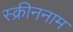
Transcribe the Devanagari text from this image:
स्क्रीननाम